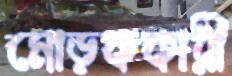
মোড়ককারী